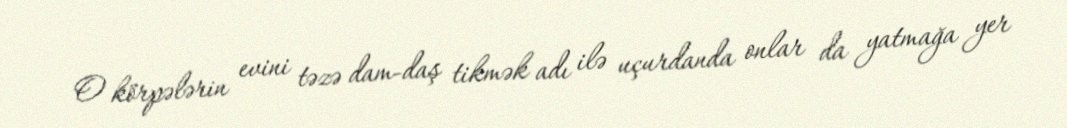
O körpələrin evini təzə dam-daş tikmək adı ilə uçurdanda onlar da yatmağa yer